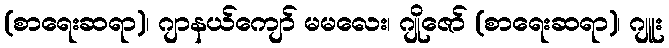
(စာရေးဆရာ)၊ ဂျာနယ်ကျော် မမလေး၊ ဂျိုဇော် (စာရေးဆရာ)၊ ဂျူး